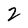
Character: 2